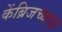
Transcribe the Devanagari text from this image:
केंब्रिजच्याच